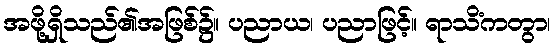
အဖို့ရှိသည်၏အဖြစ်၌။ ပညာယ၊ ပညာဖြင့်။ ရာသိံကတွာ၊